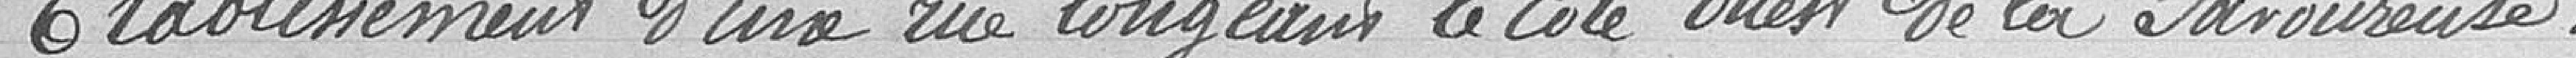
Etablissement d'une rue longeant le côté ouest de la Savoureuse